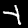
Digit: 4